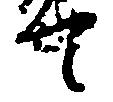
て